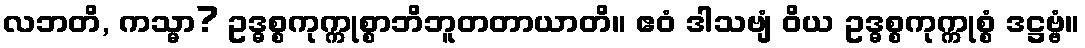
လဘတိ, ကသ္မာ? ဥဒ္ဓစ္စကုက္ကုစ္စာဘိဘူတတာယာတိ။ ဧဝံ ဒါသဗျံ ဝိယ ဥဒ္ဓစ္စကုက္ကုစ္စံ ဒဋ္ဌဗ္ဗံ။